Civil Veterinary Dept. North-West Frontier Province 1901-22 - 1901-1922
Year: 1901
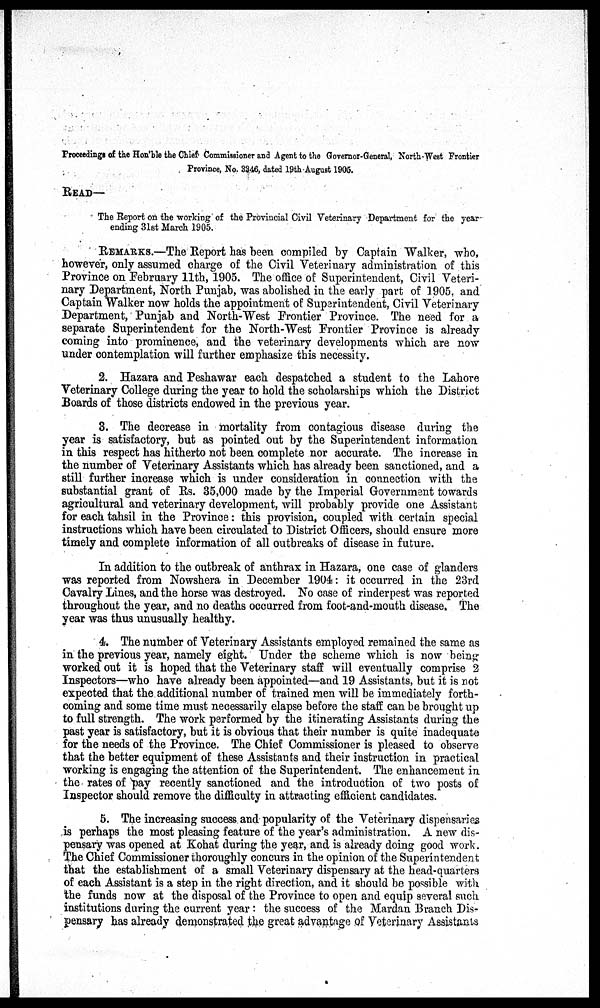
Proceedings of the Hon'ble the Chief Commissioner and Agent to the Governor-General, North-West Frontier
Province, No. 3346, dated 19th August 1905.
READ—
The Report on the working of the Provincial Civil Veterinary Department for the year
ending 31st March 1905.
REMARKS.—The Report has been compiled by Captain Walker, who,
however, only assumed charge of the Civil Veterinary administration of this
Province on February 11th, 1905. The office of Superintendent, Civil Veteri-
nary Department, North Punjab, was abolished in the early part of 1905, and
Captain Walker now holds the appointment of Superintendent, Civil Veterinary
Department, Punjab and North-West Frontier Province. The need for a
separate Superintendent for the North-West Frontier Province is already
coming into prominence, and the veterinary developments which are now
under contemplation will further emphasize this necessity.
2. Hazara and Peshawar each despatched a student to the Lahore
Veterinary College during the year to hold the scholarships which the District
Boards of those districts endowed in the previous year.
3. The decrease in mortality from contagious disease during the
year is satisfactory, but as pointed out by the Superintendent information
in this respect has hitherto not been complete nor accurate. The increase in
the number of Veterinary Assistants which has already been sanctioned, and a
still further increase which is under consideration in connection with the
substantial grant of Rs. 35,000 made by the Imperial Government towards
agricultural and veterinary development, will probably provide one Assistant
for each tahsil in the Province: this provision, coupled with certain special
instructions which have been circulated to District Officers, should ensure more
timely and complete information of all outbreaks of disease in future.
In addition to the outbreak of anthrax in Hazara, one case of glanders
was reported from Nowshera in December 1904: it occurred in the 23rd
Cavalry Lines, and the horse was destroyed. No case of rinderpest was reported
throughout the year, and no deaths occurred from foot-and-mouth disease. The
year was thus unusually healthy.
4. The number of Veterinary Assistants employed remained the same as
in the previous year, namely eight. Under the scheme which is now being
worked out it is hoped that the Veterinary staff will eventually comprise 2
Inspectors—who have already been appointed—and 19 Assistants, but it is not
expected that the additional number of trained men will be immediately forth-
coming and some time must necessarily elapse before the staff can be brought up
to full strength. The work performed by the itinerating Assistants during the
past year is satisfactory, but it is obvious that their number is quite inadequate
for the needs of the Province. The Chief Commissioner is pleased to observe
that the better equipment of these Assistants and their instruction in practical
working is engaging the attention of the Superintendent. The enhancement in
the rates of pay recently sanctioned and the introduction of two posts of
Inspector should remove the difficulty in attracting efficient candidates.
5. The increasing success and popularity of the Veterinary dispensaries
is perhaps the most pleasing feature of the year's administration. A new dis-
pensary was opened at Kohat during the year, and is already doing good work.
The Chief Commissioner thoroughly concurs in the opinion of the Superintendent
that the establishment of a small Veterinary dispensary at the head-quarters
of each Assistant is a step in the right direction, and it should be possible with
the funds now at the disposal of the Province to open and equip several such
institutions during the current year: the success of the Mardan Branch Dis-
pensary has already demonstrated the great advantage of Veterinary Assistants